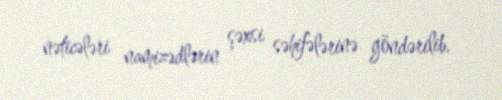
nəticələri namizədlərin şəxsi səhifələrinə göndərilib.